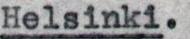
Helsinki.